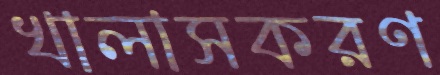
খালাসকরণ